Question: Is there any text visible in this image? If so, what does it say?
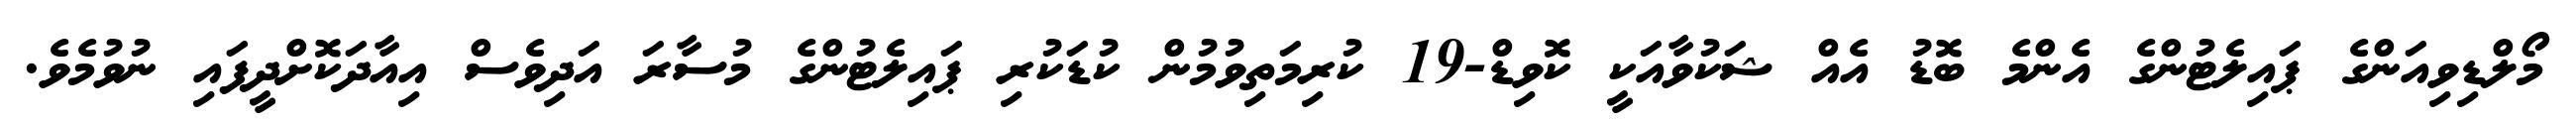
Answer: މޯލްޑިވިއަންގެ ޕައިލެޓުންގެ އެންމެ ބޮޑު އެއް ޝަކުވާއަކީ ކޮވިޑް-19 ކުރިމަތިވުމުން ކުޑަކުރި ޕައިލެޓުންގެ މުސާރަ އަދިވެސް އިއާދަކޮށްދީފައި ނުވުމެވެ.